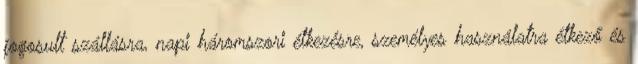
jogosult szállásra, napi háromszori étkezésre, személyes használatra étkező és